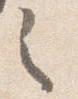
之